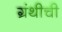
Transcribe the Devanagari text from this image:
ग्रंथीची